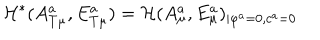
LaTeX: { \cal H } ^ { * } ( A _ { T \mu } ^ { a } , E _ { T \mu } ^ { a } ) = { \cal H } ( A _ { \mu } ^ { a } , E _ { \mu } ^ { a } ) _ { \mid \varphi ^ { a } = 0 , c ^ { a } = 0 }